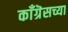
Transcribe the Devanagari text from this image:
काँग्रॆसच्या